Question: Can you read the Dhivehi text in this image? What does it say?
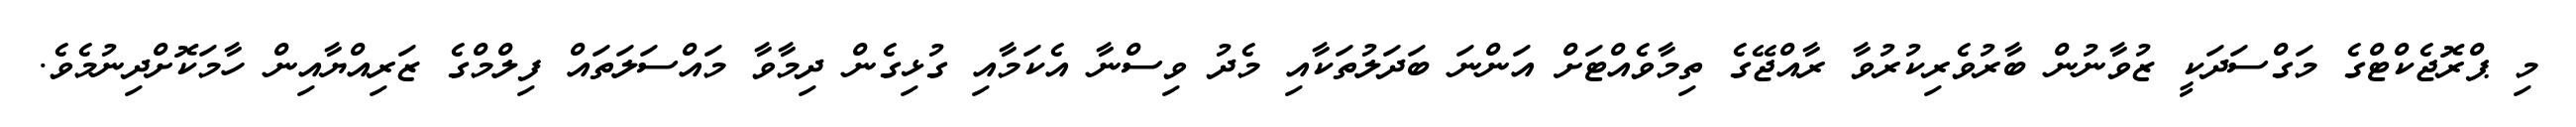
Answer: މި ޕްރޮޖެކްޓްގެ މަގްސަދަކީ ޒުވާނުން ބާރުވެރިކުރުވާ ރާއްޖޭގެ ތިމާވެއްޓަށް އަންނަ ބަދަލުތަކާއި މެދު ވިސްނާ އެކަމާއި ގުޅިގެން ދިމާވާ މައްސަލަތައް ފިލްމްގެ ޒަރިއްޔާއިން ހާމަކޮށްދިނުމެވެ.